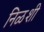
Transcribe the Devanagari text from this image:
निळशी